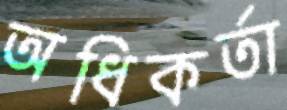
অধিকর্তা